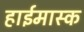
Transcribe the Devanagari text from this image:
हाईमास्क